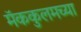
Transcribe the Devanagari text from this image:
मॅककुलमच्या